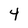
Character: 4